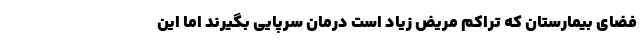
فضای بیمارستان که تراکم مریض زیاد است درمان سرپایی بگیرند اما این